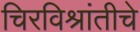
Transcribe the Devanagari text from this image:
चिरविश्रांतीचे